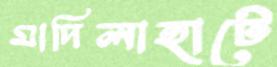
মাদিলাহাটে